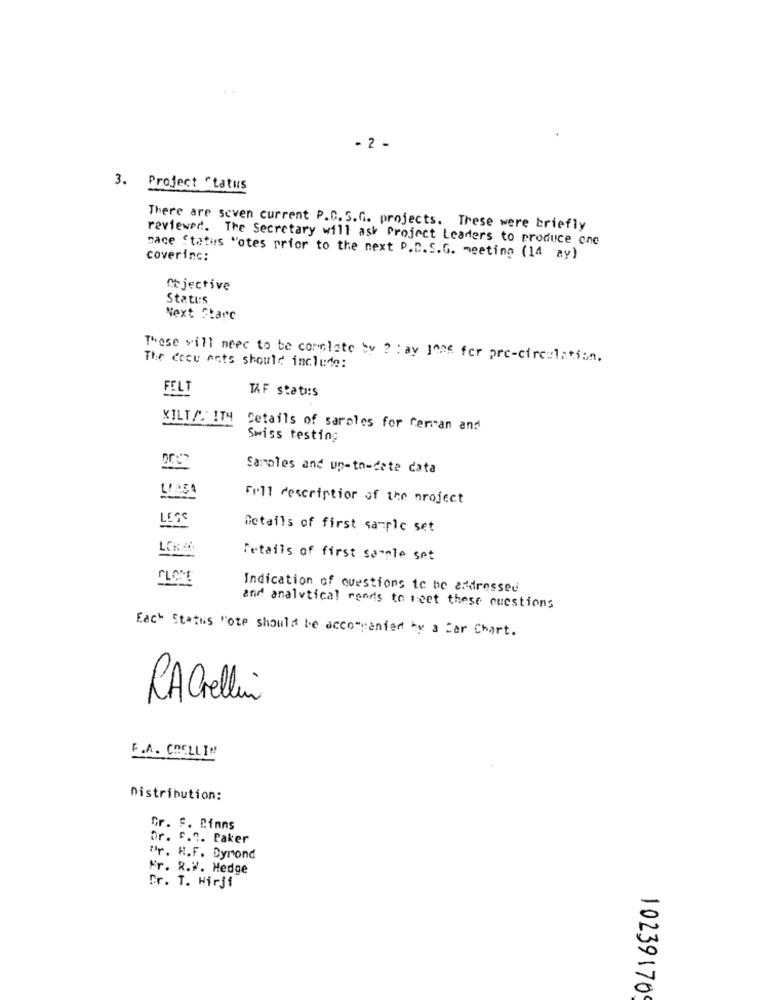
- 2 -
3. Project " tatus
There are seven current P.D. S.G. projects. These were briefly
reviewed. The Secretary will ask Project Leaders to produce one
coverinc:
"ace Status "otes prior to the next P.D.S.G. meeting (14 'ay)
Ce jective
Status
Next Starc
These will need to be corclate by ? : av 1one for pre-circulation.
The cocu acts should include:
FELT
K&F stati:s
KILT/ ITH
Details of saroles for Cerman and
Swiss testing
Samoles and up-to-date data
LA54
Full description of the project
Details of first sample set
Fetails of first sample set
FLOM
Indication of questions to be addressed
and analytical reeds to meet these questions
Each Status "ote should be accompanied by a Car Chart.
RACrellin
F.A. CHELLIN
Distribution:
Gr. F. Binns
Dr. C.R. Paker
"r. H.F. Dymond
Fr. R.W. Hedge
Dr. T. Hirji
10239170